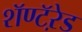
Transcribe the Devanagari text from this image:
शॅण्टॅऱेड